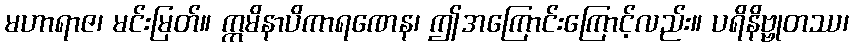
မဟာရာဇ၊ မင်းမြတ်။ ဣမိနာပိကာရဏေန၊ ဤအကြောင်းကြောင့်လည်း။ ပရိနိဗ္ဗုတဿ၊